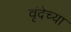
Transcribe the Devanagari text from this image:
वृंदेच्या